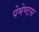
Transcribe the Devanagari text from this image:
पेमेण्टस